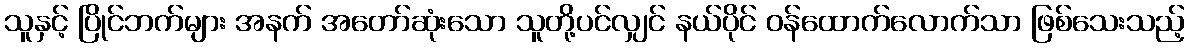
သူနှင့် ပြိုင်ဘက်များ အနက် အတော်ဆုံးသော သူတို့ပင်လျှင် နယ်ပိုင် ဝန်ထောက်လောက်သာ ဖြစ်သေးသည့်